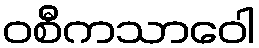
ဝစီကသာဝေါ